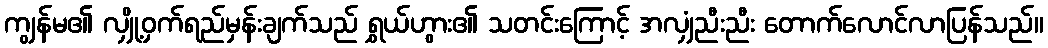
ကျွန်မ၏ လျှို့ဝှက်ရည်မှန်းချက်သည် ရွှယ်ဟွား၏ သတင်းကြောင့် အလျှံညီးညီး တောက်လောင်လာပြန်သည်။